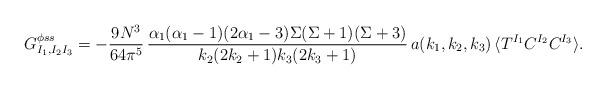
LaTeX: \begin{align*}G^{\phi ss}_{I_1, I_2 I_3} = -\frac{9 N^3}{64 \pi^5} \, \frac{ \alpha_1(\alpha_1-1)(2\alpha_1-3)\Sigma(\Sigma+1)(\Sigma+3)}{ k_2 (2k_2+1) k_3 (2k_3+1)} \, a(k_1,k_2,k_3) \, \langle T^{I_1} C^{I_2} C^{I_3} \rangle. \vbox{\vskip8mm}\end{align*}